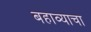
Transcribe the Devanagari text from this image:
बहाव्याचा